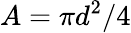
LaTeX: A=\pi d^{2}/4